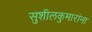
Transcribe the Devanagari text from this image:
सुशीलकुमारांना